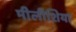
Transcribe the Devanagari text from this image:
मीलीशिया